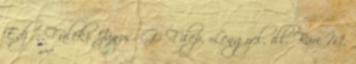
Edző: Füleki János. G.: Filep, Lengyel, ill. Bari M.